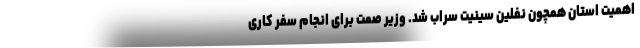
اهمیت استان همچون نفلین سینیت سراب شد. وزیر صمت برای انجام سفر کاری